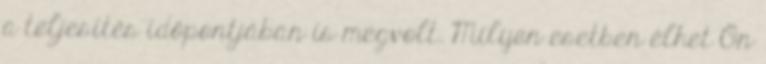
a teljesítés időpontjában is megvolt. Milyen esetben élhet Ön